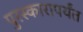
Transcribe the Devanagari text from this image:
पुरस्कारापर्यंत